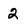
Character: 2